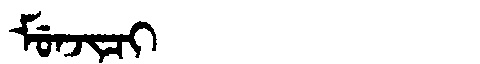
Manchu: ᠮᡠᠨᠵᡳᠴᡳ
Romanization: MUNJICI